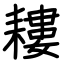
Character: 耬